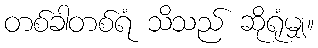
တစ်ခါတစ်ရံ သိသည် ဆိုရုံမျှ။